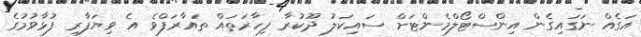
އަގެއް ނަގައިގެން އިންސްޓޯލްމެންޓަށް ސައިކަލު ދޫކުރާ ފިހާރަތައް ތައާރަފްވެ އެ ވިޔަފާރި ފުޅާވުމުގެ